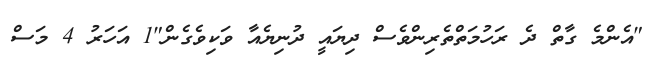
"އެންމެ ގާތް ދެ ރަހުމަތްތެރިންވެސް ދިޔައީ ދުނިޔެއާ ވަކިވެގެން"1 އަހަރު 4 މަސް